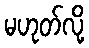
မဟုတ်လို့